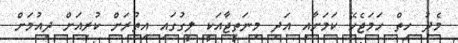
މެދު ހިތް ހަމަޖެހޭ ކަމަށާއި އަދި މިނަތީޖާއަކީ ލީގުގައި އިތުރަށް ކުރިއަށް ދިއުމަށް